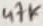
Text: 47K